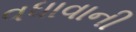
વધાવાની